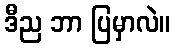
ဒီည ဘာ ပြမှာလဲ။